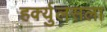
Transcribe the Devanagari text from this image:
हर्क्युलसला